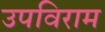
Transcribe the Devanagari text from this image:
उपविराम